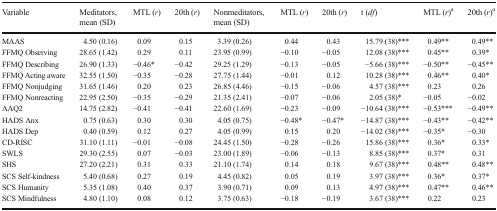
<table><thead><tr><td><b>Variable</b></td><td><b>Meditators, mean (SD)</b></td><td><b>MTL (<i>r</i>)</b></td><td><b>20th (<i>r</i>)</b></td><td><b>Nonmeditators, mean (SD)</b></td><td><b>MTL (<i>r</i>)</b></td><td><b>20th (<i>r</i>)</b></td><td><b>t (<i>df</i>)</b></td><td><b>MTL (<i>r</i>)<sup>a</sup></b></td><td><b>20th (<i>r</i>)<sup>a</sup></b></td></tr></thead><tbody><tr><td>MAAS</td><td>4.50 (0.16)</td><td>0.09</td><td>0.15</td><td>3.39 (0.26)</td><td>0.44</td><td>0.43</td><td>15.79 (38)***</td><td>0.49**</td><td>0.49**</td></tr><tr><td>FFMQ Observing</td><td>28.65 (1.42)</td><td>0.29</td><td>0.11</td><td>23.95 (0.99)</td><td>−0.10</td><td>−0.05</td><td>12.08 (38)***</td><td>0.45**</td><td>0.39*</td></tr><tr><td>FFMQ Describing</td><td>26.90 (1.33)</td><td>−0.46*</td><td>−0.42</td><td>29.25 (1.29)</td><td>−0.13</td><td>−0.05</td><td>−5.66 (38)***</td><td>−0.50**</td><td>−0.45**</td></tr><tr><td>FFMQ Acting aware</td><td>32.55 (1.50)</td><td>−0.35</td><td>−0.28</td><td>27.75 (1.44)</td><td>−0.01</td><td>0.12</td><td>10.28 (38)***</td><td>0.46**</td><td>0.40*</td></tr><tr><td>FFMQ Nonjudging</td><td>31.65 (1.46)</td><td>0.20</td><td>0.23</td><td>26.85 (4.46)</td><td>−0.15</td><td>−0.06</td><td>4.57 (38)***</td><td>0.23</td><td>0.26</td></tr><tr><td>FFMQ Nonreacting</td><td>22.95 (2.50)</td><td>−0.35</td><td>−0.29</td><td>21.35 (2.41)</td><td>−0.07</td><td>−0.06</td><td>2.05 (38)*</td><td>−0.05</td><td>−0.02</td></tr><tr><td>AAQ2</td><td>14.75 (2.82)</td><td>−0.41</td><td>−0.41</td><td>22.60 (1.69)</td><td>−0.23</td><td>−0.09</td><td>−10.64 (38)***</td><td>−0.53***</td><td>−0.49**</td></tr><tr><td>HADS Anx</td><td>0.75 (0.63)</td><td>0.30</td><td>0.30</td><td>4.05 (0.75)</td><td>−0.48*</td><td>−0.47*</td><td>−14.87 (38)***</td><td>−0.43**</td><td>−0.42**</td></tr><tr><td>HADS Dep</td><td>0.40 (0.59)</td><td>0.12</td><td>0.27</td><td>4.05 (0.99)</td><td>0.15</td><td>0.20</td><td>−14.02 (38)***</td><td>−0.35*</td><td>−0.30</td></tr><tr><td>CD-RISC</td><td>31.10 (1.11)</td><td>−0.01</td><td>−0.08</td><td>24.45 (1.50)</td><td>−0.28</td><td>−0.26</td><td>15.86 (38)***</td><td>0.36*</td><td>0.33*</td></tr><tr><td>SWLS</td><td>29.30 (2.55)</td><td>0.07</td><td>−0.03</td><td>23.00 (1.89)</td><td>−0.06</td><td>−0.13</td><td>8.85 (38)***</td><td>0.37*</td><td>0.31</td></tr><tr><td>SHS</td><td>27.20 (2.21)</td><td>0.31</td><td>0.33</td><td>21.10 (1.74)</td><td>0.14</td><td>0.18</td><td>9.67 (38)***</td><td>0.48**</td><td>0.48**</td></tr><tr><td>SCS Self-kindness</td><td>5.40 (0.68)</td><td>0.27</td><td>0.19</td><td>4.45 (0.82)</td><td>0.05</td><td>0.19</td><td>3.97 (38)***</td><td>0.36*</td><td>0.37*</td></tr><tr><td>SCS Humanity</td><td>5.35 (1.08)</td><td>0.40</td><td>0.37</td><td>3.90 (0.71)</td><td>0.09</td><td>0.13</td><td>4.97 (38)***</td><td>0.47**</td><td>0.46**</td></tr><tr><td>SCS Mindfulness</td><td>4.80 (1.10)</td><td>0.08</td><td>0.12</td><td>3.75 (0.63)</td><td>−0.18</td><td>−0.19</td><td>3.67 (38)***</td><td>0.22</td><td>0.23</td></tr></tbody></table>